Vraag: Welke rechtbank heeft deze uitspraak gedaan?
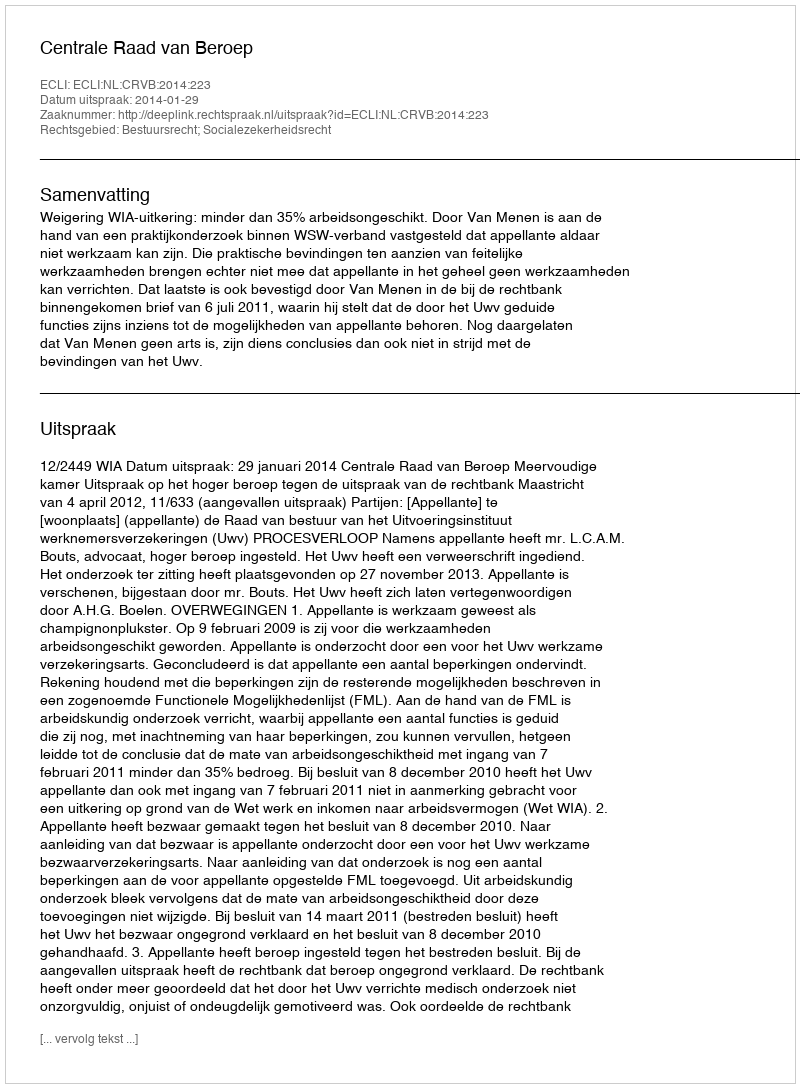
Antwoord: Centrale Raad van Beroep